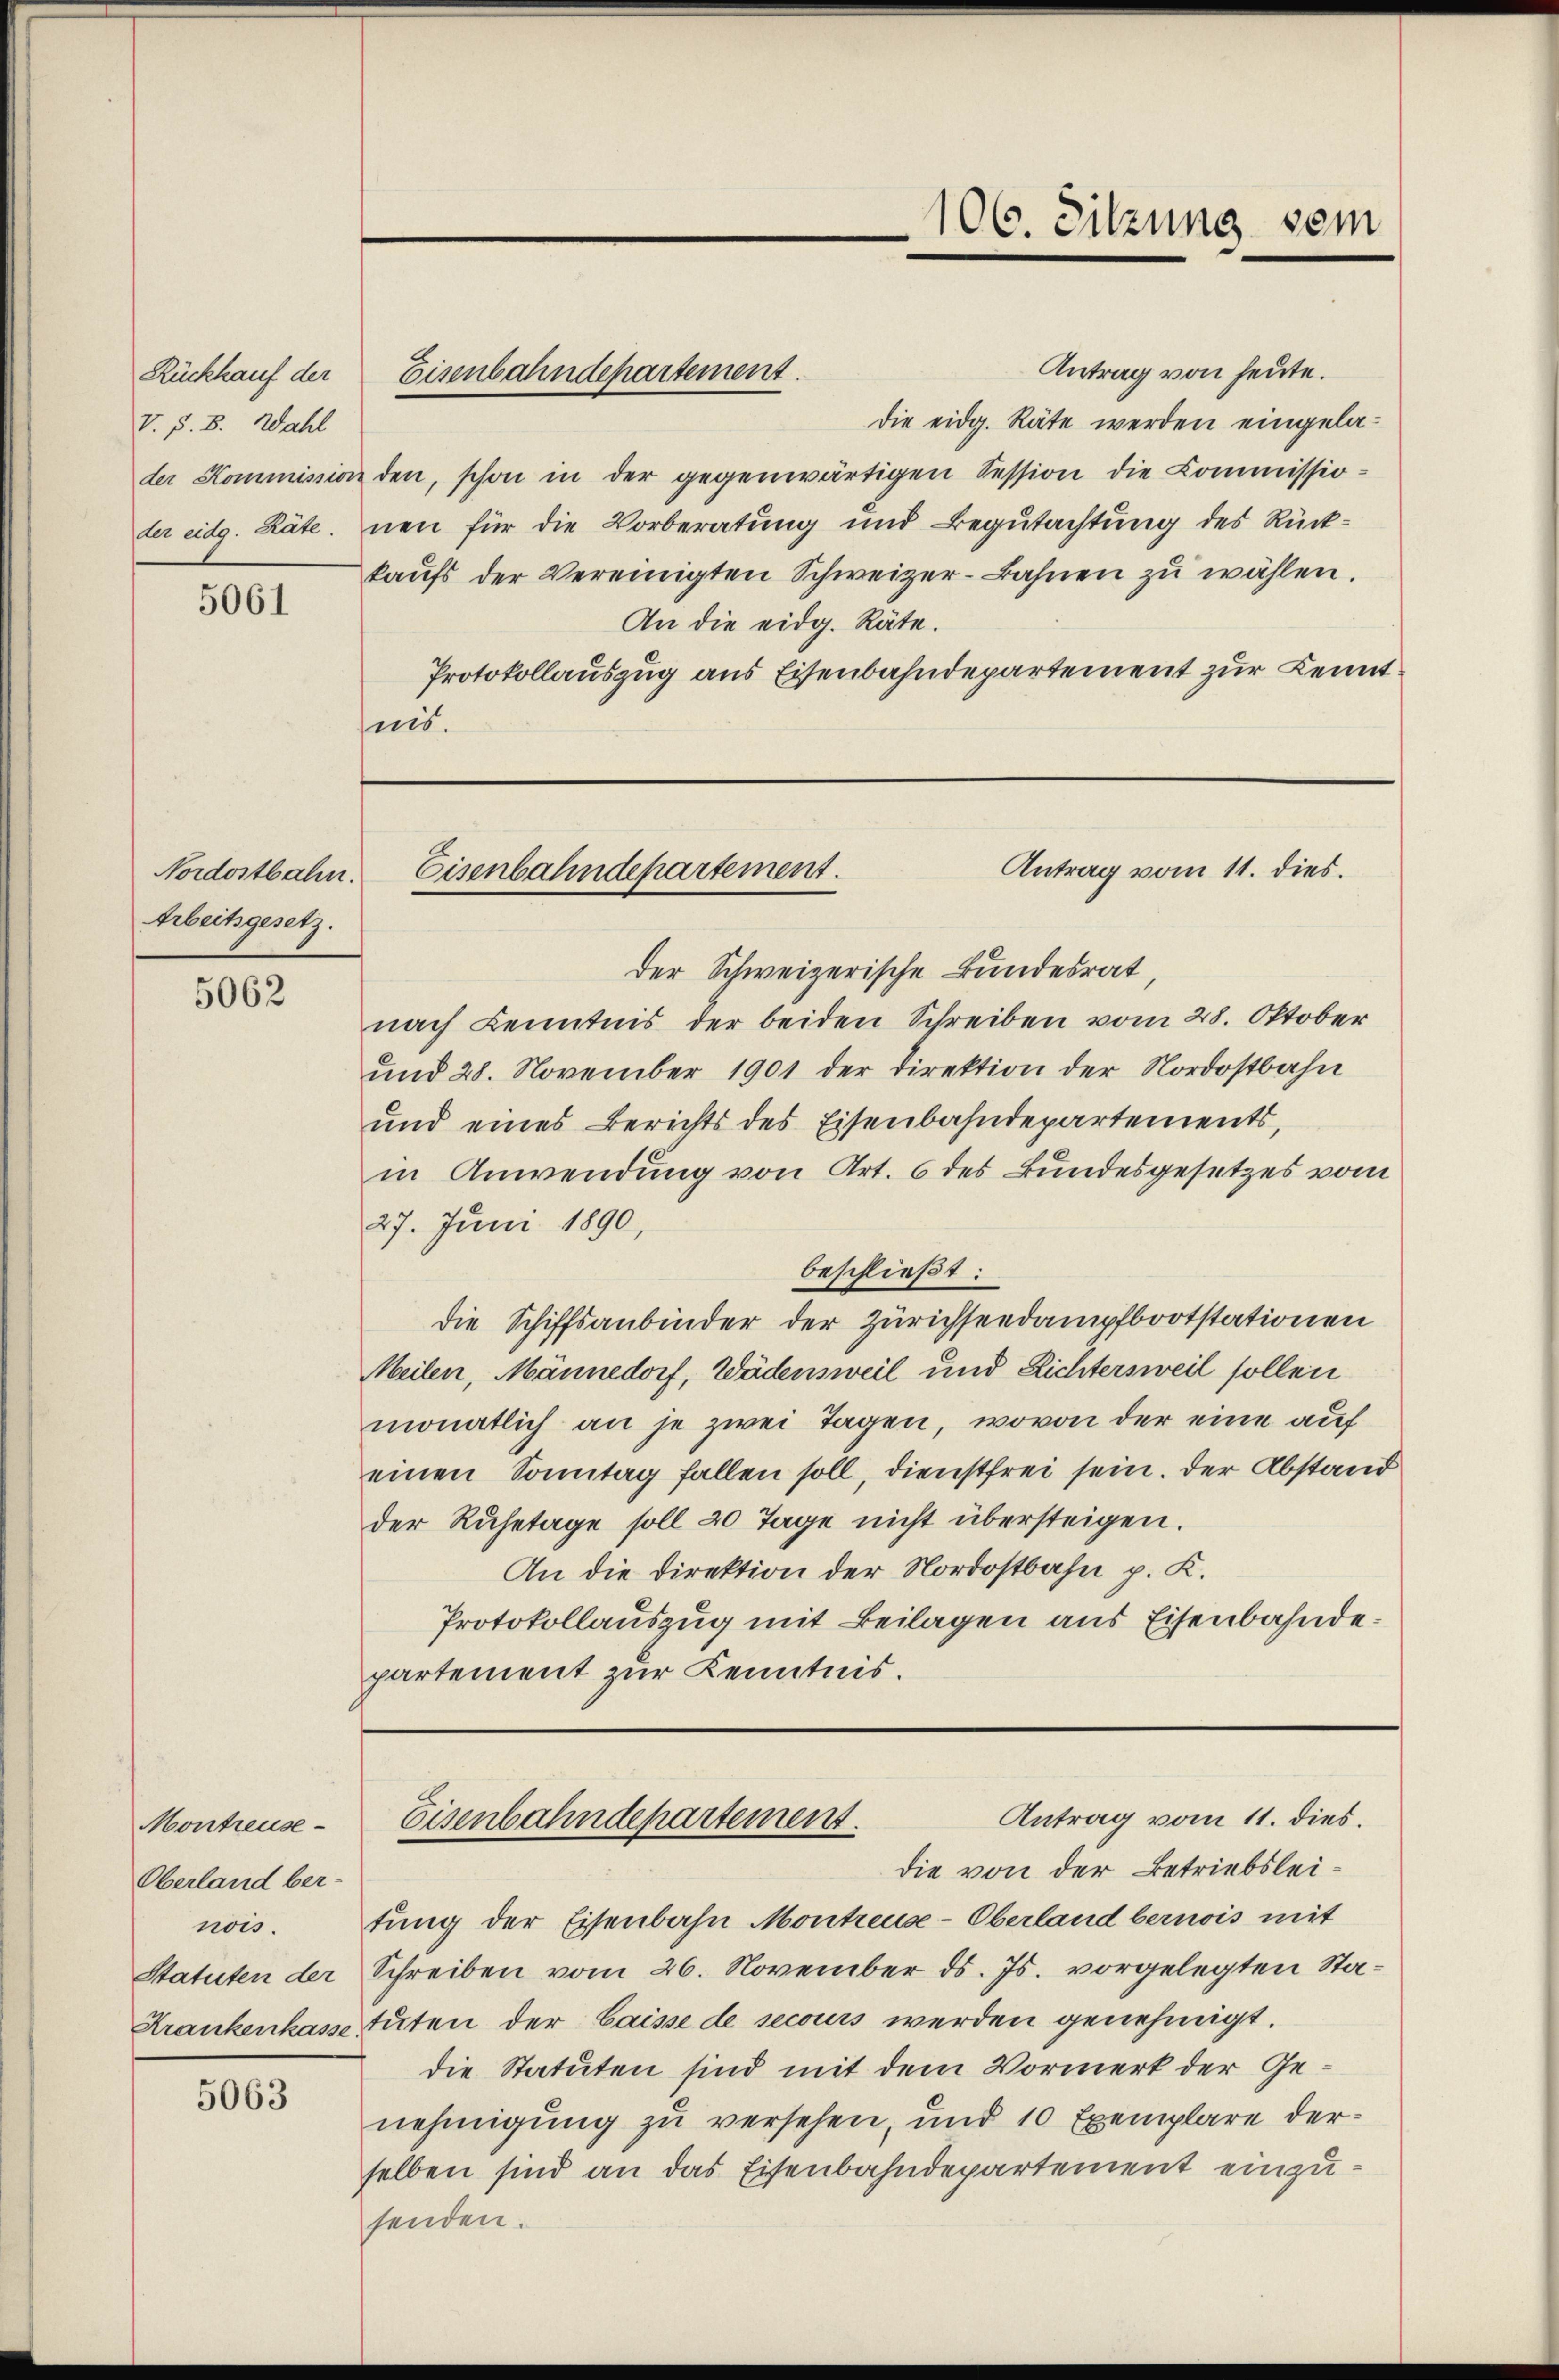
Rückhauf der
V. §. 8. Wahl

5061

Nordostbahn.
Arbeitsgesetz.

5062

Montreuse
Oberland bernois.

5063

der Schweizerische Bundesrat,
nach Kenntnis der beiden Schreiben vom 28. Oktober
und 28. November 1901 der Direktion der Nordostbahn
und eines Berichts des Eisenbahndepartements,
in Anwendung von Art. 6 des Bundesgesetzes vom
27. Juni 1890,
beschließt:
die Schiffsanbinder der Zürichseedampfbootstationen
Meilen, Männedorf, Wädensweil und Richtersweil sollen
monatlich an je zwei Tagen, wovon der eine auf
einen Sonntag fallen soll, dienstfrei sein. Der Abstand
der Ruhetage soll 20 Tage nicht übersteigen.
An die Direktion der Nordostbahn p. K.
Protokollauszug mit Beilagen aus Eisenbahndepartement zur Kenntnis.

Antrag von heute.
die eidg. Räte werden eingelader Kommission den, schon in der gegenwärtigen Session die Commissioder eidg. Räte. Neu für die Vorberatung und Begutachtung des Rückkaŭfs der Vereinigten Schweizer-Bahnen zŭ wählen.
An die eidg. Räte.
Protokollauszug aus Eisenbahndepartement zur Kenntnis.

Eisenbahndepartement.

106. Sitzung vom

Antrag vom 11. dies.
Eisenbahndepartement.

tung der Eisenbahn Montreuse-Oberland bernois mit
Statuten der Schreiben vom 26. November ds. Js. vorgelegten Sta¬
Krankenkasse tuten der Caisse de secours werden genehmigt.
die Statuten sind mit dem Vormerk der Genehmigung zu versehen, und 10 Exemplare derselben sind an das Eisenbahndepartement einzusenden.

Antrag vom 11. dies.
Eisenbahndepartement.
die von der Betriebslei¬